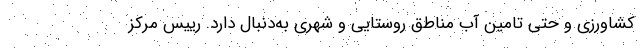
کشاورزی و حتی تامین آب مناطق روستایی و شهری به‌دنبال دارد. رییس مرکز